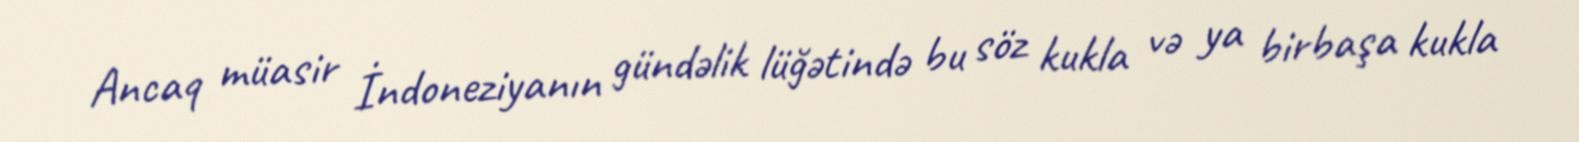
Ancaq müasir İndoneziyanın gündəlik lüğətində bu söz kukla və ya birbaşa kukla